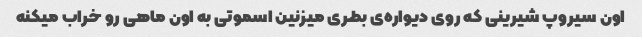
اون سیروپ شیرینی که روی دیواره‌ی بطری میزنین اسموتی به اون ماهی رو خراب میکنه